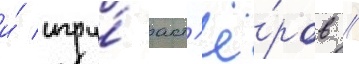
и́ игру́ акт'ё́ров /